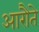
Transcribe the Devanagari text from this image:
आरौते